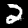
Label: 2